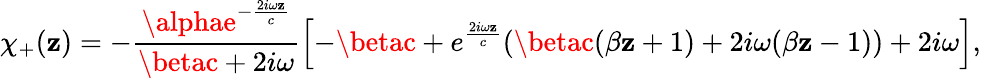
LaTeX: \chi_{+}(\mathbf{z})=-\frac{{\alphae^{-\frac{{2i\omega\mathbf{z}}}{{c}}}}}{{\betac+2i\omega}}\left[-\betac+e^{\frac{{2i\omega\mathbf{z}}}{{c}}}(\betac(\beta\mathbf{z}+1)+2i\omega(\beta\mathbf{z}-1))+2i\omega\right],